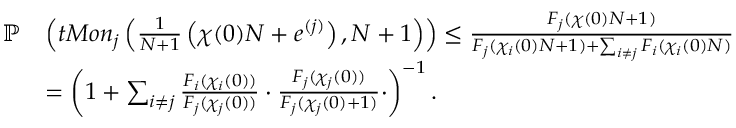
\begin{array} { r l } { \mathbb { P } } & { \left( t M o n _ { j } \left( \frac { 1 } { N + 1 } \left( \chi ( 0 ) N + e ^ { ( j ) } \right) , N + 1 \right) \right) \le \frac { F _ { j } ( \chi ( 0 ) N + 1 ) } { F _ { j } ( \chi _ { i } ( 0 ) N + 1 ) + \sum _ { i \ne j } F _ { i } ( \chi _ { i } ( 0 ) N ) } } \\ & { = \left( 1 + \sum _ { i \ne j } \frac { F _ { i } ( \chi _ { i } ( 0 ) ) } { F _ { j } ( \chi _ { j } ( 0 ) ) } \cdot \frac { F _ { j } ( \chi _ { j } ( 0 ) ) } { F _ { j } ( \chi _ { j } ( 0 ) + 1 ) } \cdot \right) ^ { - 1 } . } \end{array}